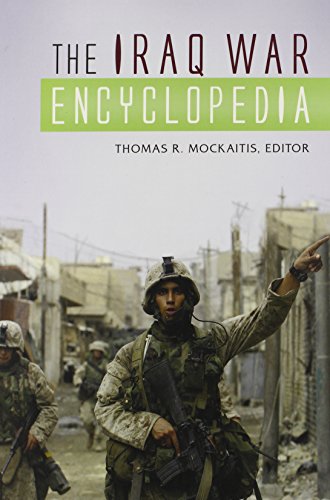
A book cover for The Iraq War Encyclopedia; History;